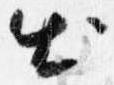
出